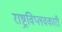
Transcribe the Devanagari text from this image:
राष्ट्रविप्लवकारी